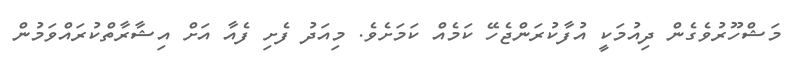
މަޝްހޫރުވެގެން ދިއުމަކީ އުފާކުރަންޖެހޭ ކަމެއް ކަމަށެވެ. މިއަދު ފެށި ފެއާ އަށް އިޝާރާތްކުރައްވަމުން